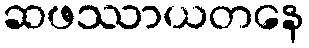
ဆဖဿာယတနေ